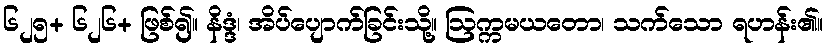
၆၂၅+ ၆၂၆+ ဖြစ်၍။ နိဒ္ဒံ၊ အိပ်ပျောက်ခြင်းသို့။ ဩက္ကမယတော၊ သက်သော ရဟန်း၏။